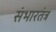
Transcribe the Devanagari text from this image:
संभारतंत्र